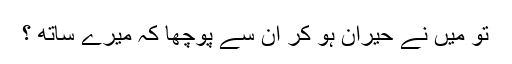
تو میں نے حیران ہو کر ان سے پوچھا کہ میرے ساتھ ؟